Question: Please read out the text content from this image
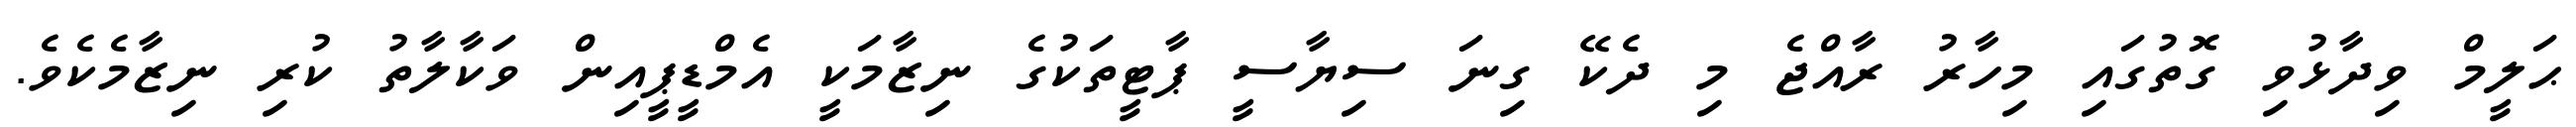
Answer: ޙަލީމް ވިދާޅުވި ގޮތުގައި މިހާރު ރާއްޖެ މި ދެކޭ ގިނަ ސިޔާސީ ޕާޓީތަކުގެ ނިޒާމަކީ އެމްޑީޕީއިން ވަކާލާތު ކުރި ނިޒާމެކެވެ.